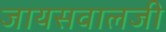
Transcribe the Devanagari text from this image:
जायसवालजी